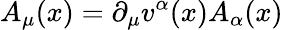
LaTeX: A_{\mu}(x)=\partial_{\mu}v^{\alpha}(x)A_{\alpha}(x)